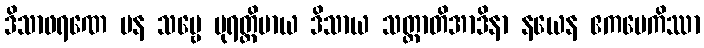
ဒိသာဖရဏေ ပန သဗ္ဗေ ပုရတ္ထိမာယ ဒိသာယ သတ္တာတိအာဒိနာ နယေန ဧကမေကိဿာ